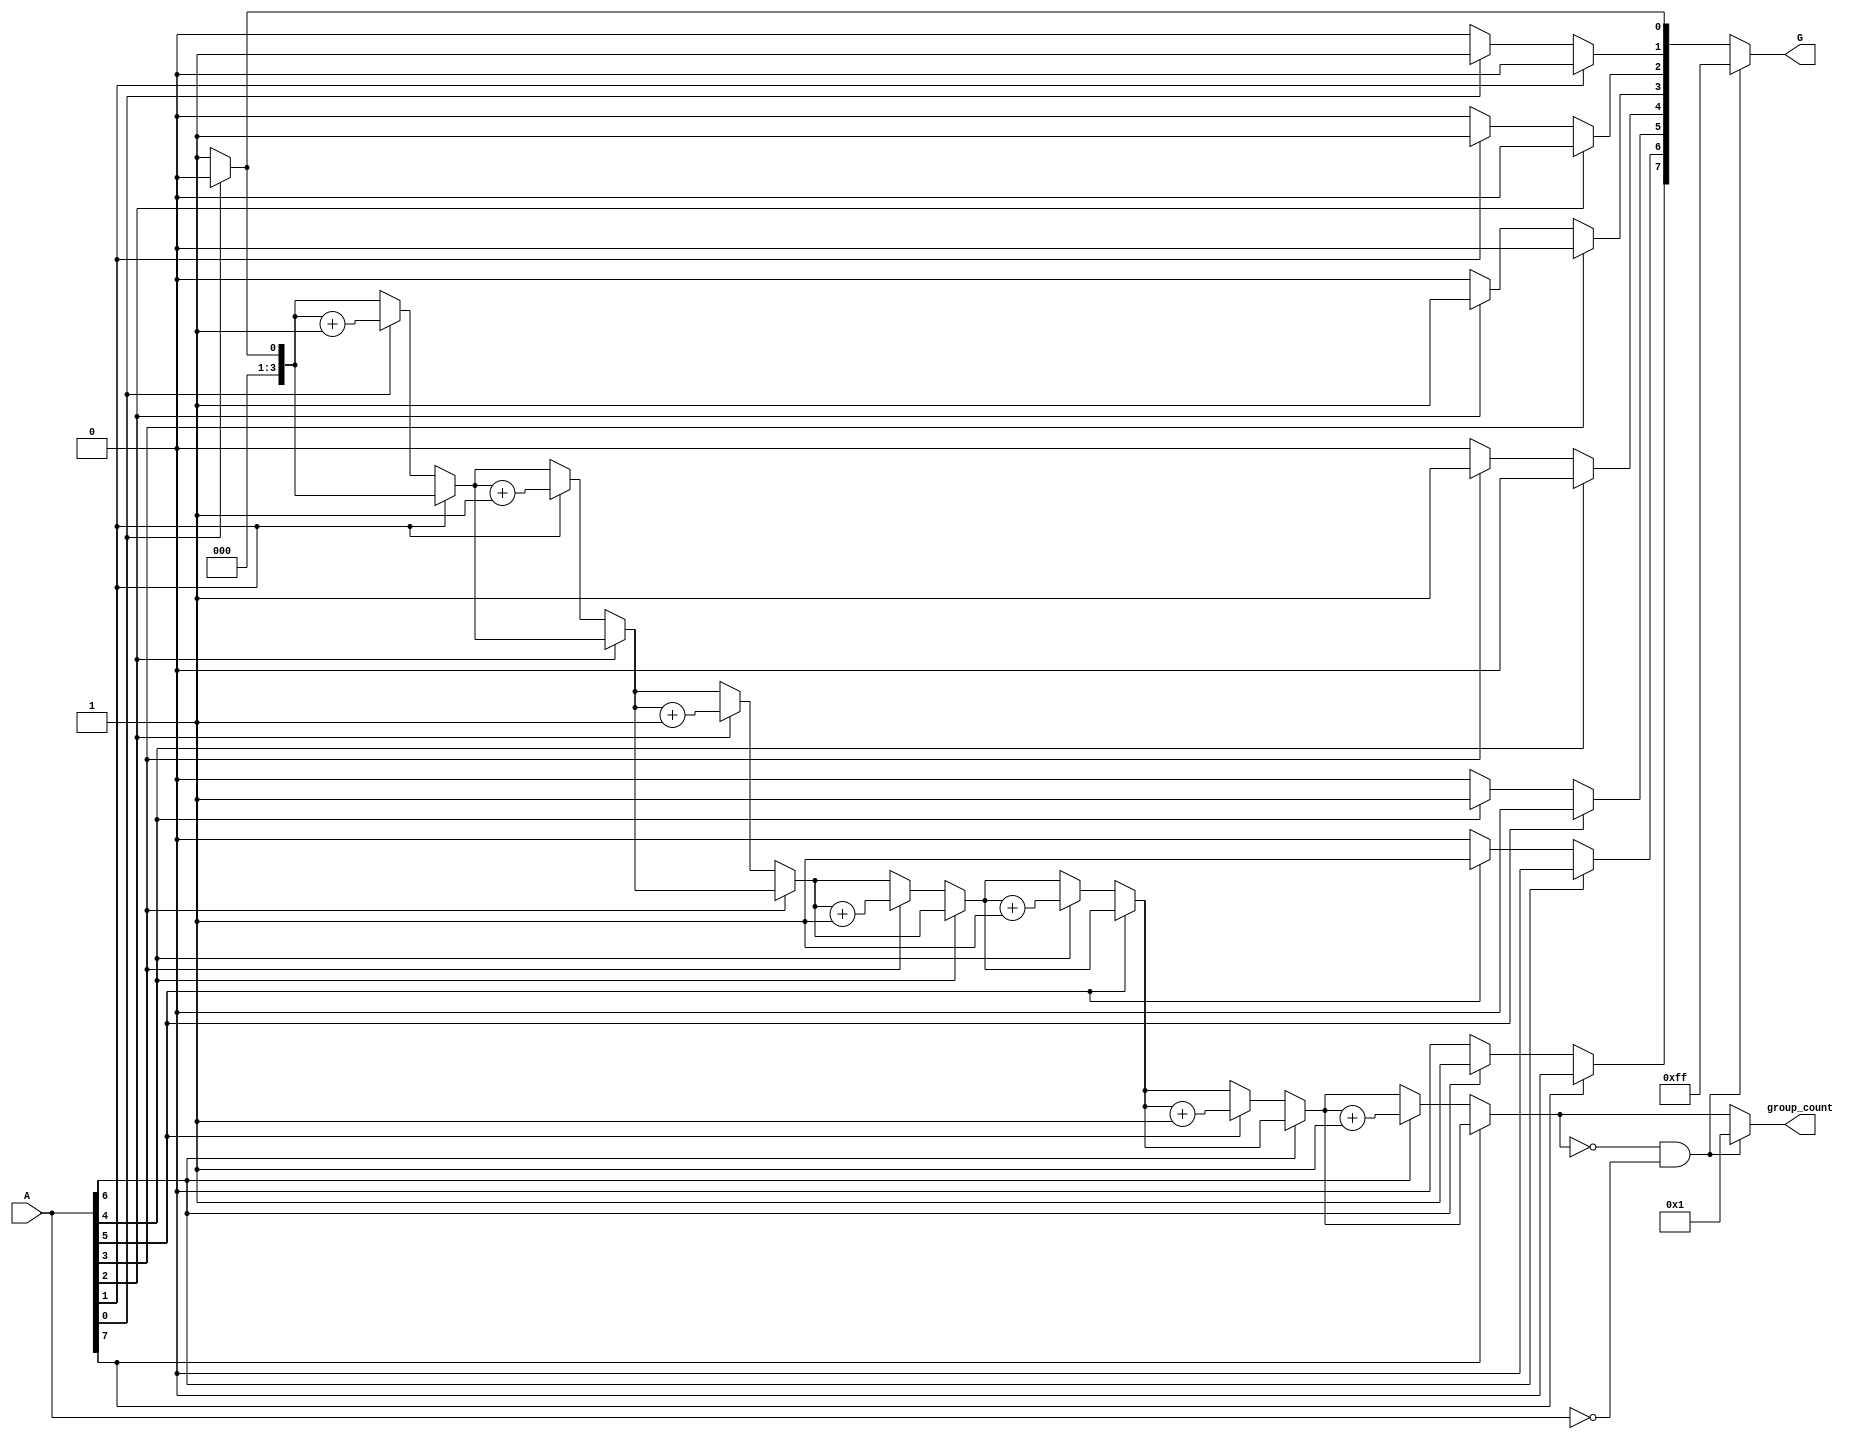
module GroupingOfZeros #(parameter N = 8) (
    input  wire [N-1:0] A,          // N-bit input vector
    output reg [N-1:0] G,            // Output vector indicating zero groupings
    output reg [3:0] group_count      // Count of contiguous zero groups
);

    integer i;
    reg [N-1:0] temp_G;               // Temporary output storage
    reg in_zero_group;                 // Flag to indicate if currently in a zero group

    always @(*) begin
        temp_G = 0;                   // Reset temporary output
        group_count = 0;              // Reset group count
        in_zero_group = 0;            // Reset zero group flag

        for (i = 0; i < N; i = i + 1) begin
            if (A[i] == 0) begin
                if (!in_zero_group) begin
                    // Starting a new zero group
                    in_zero_group = 1;
                    group_count = group_count + 1;
                    // Set the starting position in temp_G
                    temp_G[i] = 1; // Mark the start of a zero group
                end
            end else begin
                if (in_zero_group) begin
                    // Ending the current zero group
                    in_zero_group = 0;
                end
            end
        end

        // Handle the case where the entire input is zeros
        if (group_count == 0 && A == {N{1'b0}}) begin
            group_count = 1;            // One group for all zeros
            temp_G = {N{1'b1}};         // Mark entire output as a zero group
        end

        G = temp_G;                    // Assign the computed groupings to output
    end

endmodule